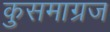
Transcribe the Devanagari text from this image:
कुसमाग्रज